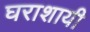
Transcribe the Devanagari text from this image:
घराशायी